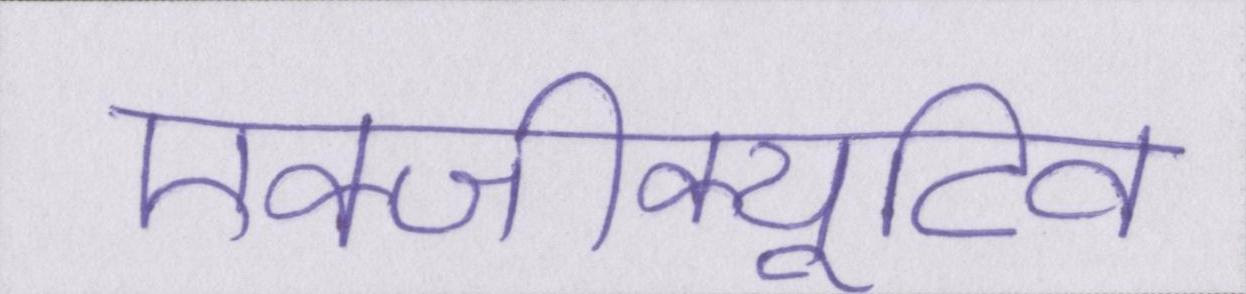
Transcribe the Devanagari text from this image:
एक्जीक्यूटिव